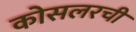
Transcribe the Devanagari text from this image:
कोसलरची